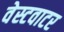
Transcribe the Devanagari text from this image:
वेस्टवाटर